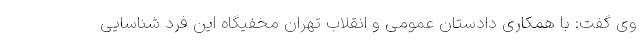
وی گفت: با همکاری دادستان عمومی و انقلاب تهران مخفیگاه این فرد شناسایی